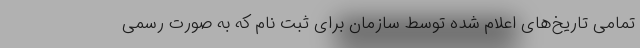
تمامی تاریخ‌های اعلام شده توسط سازمان برای ثبت نام که به صورت رسمی